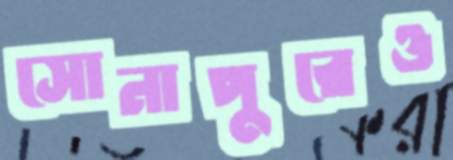
সোনাপুরেও